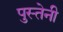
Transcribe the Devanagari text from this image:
पुस्‍तेनी